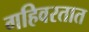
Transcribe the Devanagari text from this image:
गहिवरतात